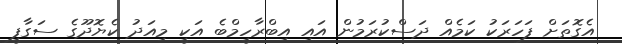
އެގޮތަށް ފަހަރަކު ކަމެއް ދަސްކުރަމުން އައި އިބްރާހީމްބެ އަކީ މިއަދު ކެޔޮދޫގެ ސަގާފީ